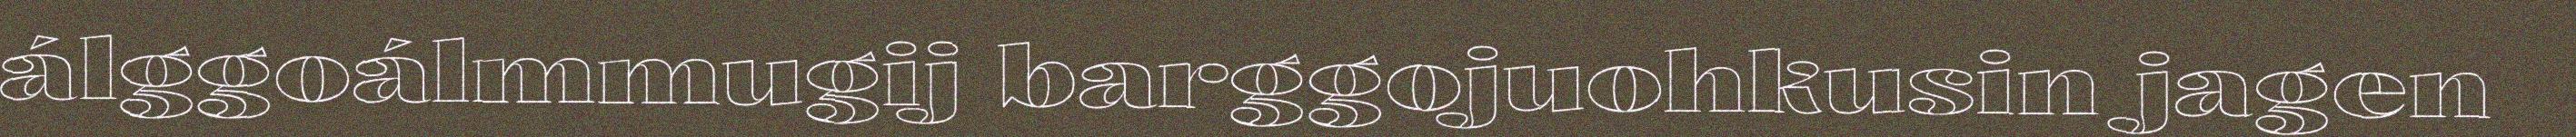
álggoálmmugij barggojuohkusin jagen